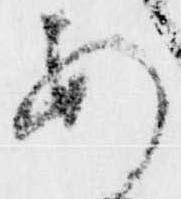
あ